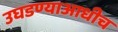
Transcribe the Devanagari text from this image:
उघडण्याआधीच